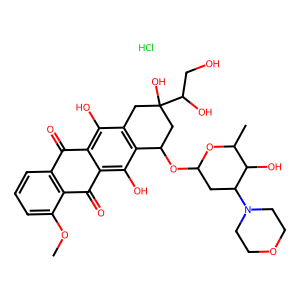
SMILES: COc1cccc2c1C(=O)c1c(O)c3c(c(O)c1C2=O)CC(O)(C(O)CO)CC3OC1CC(N2CCOCC2)C(O)C(C)O1.Cl
Inhibits HIV replication: No